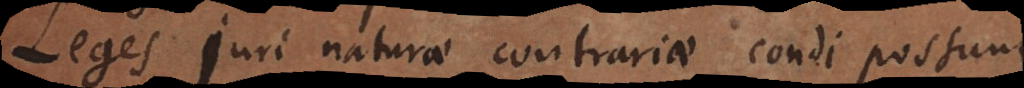
Leges juri naturae contrariae condi possunt